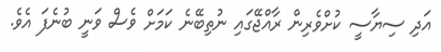
އަދި ސިޔާސީ ކުށްވެރިން ރާއްޖޭގައި ނުތިބޭނެ ކަމަށް ވެސް ވަނީ ބުނެފަ އެވެ.